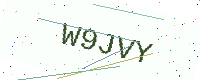
Text: W9JVY